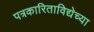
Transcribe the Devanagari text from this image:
पत्रकारिताविद्येच्या